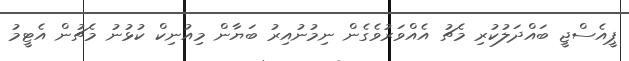
ޕީއެސްޖީ ބައްދަލުކުރި މެޗު އެއްވަރުވެގެން ނިމުނުއިރު ބަޔާން މިއުނިކް ކުޅުނު މެޗުން އެޓީމު